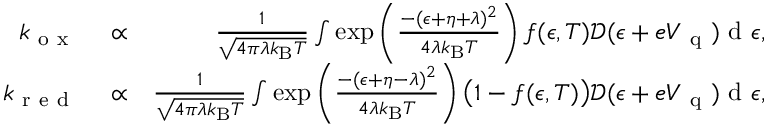
\begin{array} { r l r } { k _ { \mathrm { ~ o ~ x ~ } } } & { { } \propto } & { \frac { 1 } { \sqrt { 4 \pi \lambda k _ { \mathrm { B } } T } } \int \exp \left( { \frac { - ( \epsilon + \eta + \lambda ) ^ { 2 } } { 4 \lambda k _ { \mathrm { B } } T } } \right) f ( \epsilon , T ) \mathcal { D } ( \epsilon + e V _ { \mathrm { ~ q ~ } } ) \mathrm { ~ d ~ } \epsilon , } \\ { k _ { \mathrm { ~ r ~ e ~ d ~ } } } & { { } \propto } & { \frac { 1 } { \sqrt { 4 \pi \lambda k _ { \mathrm { B } } T } } \int \exp \left( { \frac { - ( \epsilon + \eta - \lambda ) ^ { 2 } } { 4 \lambda k _ { \mathrm { B } } T } } \right) \big ( 1 - f ( \epsilon , T ) \big ) \mathcal { D } ( \epsilon + e V _ { \mathrm { ~ q ~ } } ) \mathrm { ~ d ~ } \epsilon , } \end{array}